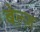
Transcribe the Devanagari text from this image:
बेल्ज़